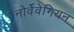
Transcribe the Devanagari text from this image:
नोर्वेवेगियन